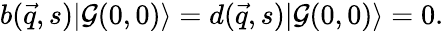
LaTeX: b(\vec{q},s)|{\cal G}(0,0)\rangle=d(\vec{q},s)|{\cal G}(0,0)\rangle=0.